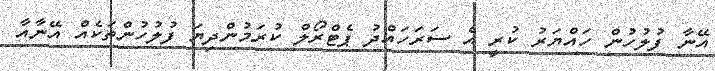
އޭނާ ފުލުހުން ހައްޔަރު ކުރީ އެ ސަރަހައްދު ޕެޓްރޯލް ކުރަމުންދިޔަ ފުލުހުންތަކެއް އޭނާއާ